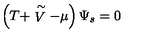
\left( T + \stackrel { \sim } { V } - \mu \right) \Psi _ { s } = 0